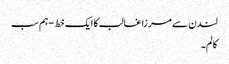
لندن سے مرزا غالب کا ایک خط - ہم سب
کالم۔